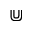
\Cup